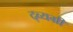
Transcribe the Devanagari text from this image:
द्व्यग्री